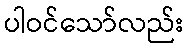
ပါဝင်သော်လည်း